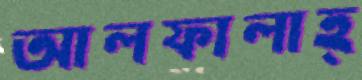
আলফালাহ্